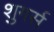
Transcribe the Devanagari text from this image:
शुगर्स